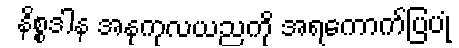
နိစ္စဒါန အနုကုလယညကို အရကောက်ပြပုံ